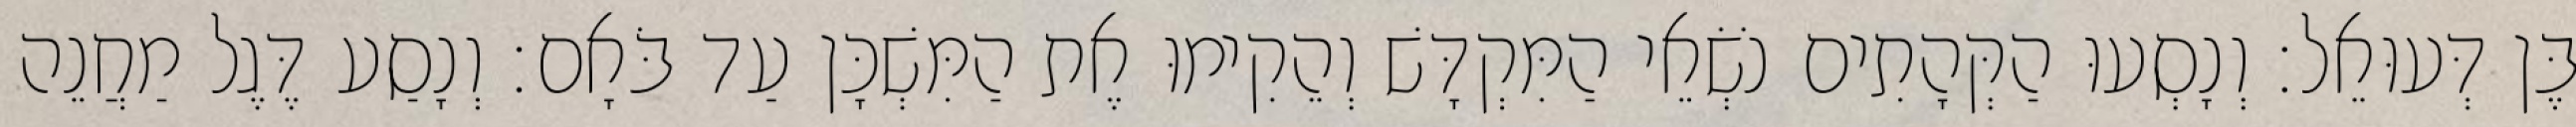
בֶּן דְּעוּאֵל׃ וְנָסְעוּ הַקְּהָתִים נֹשְׂאֵי הַמִּקְדָּשׁ וְהֵקִימוּ אֶת הַמִּשְׁכָּן עַד בֹּאָם׃ וְנָסַע דֶּגֶל מַחֲנֵה